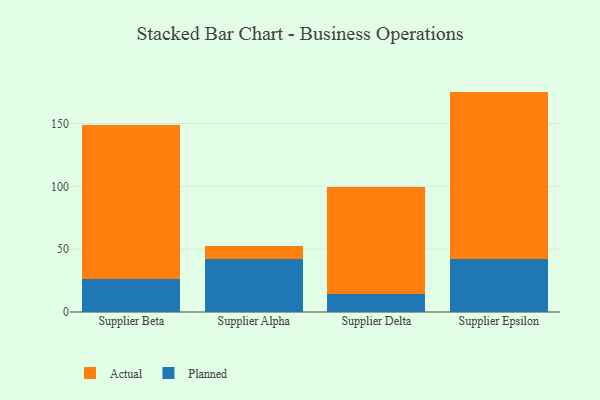
{"axis": {"x": "Supplier", "y": "Backlog"}, "legend": ["Actual", "Planned"], "data": [{"x": "Supplier Beta", "y": 26.0, "type": "Planned"}, {"x": "Supplier Beta", "y": 122.6, "type": "Actual"}, {"x": "Supplier Alpha", "y": 42.4, "type": "Planned"}, {"x": "Supplier Alpha", "y": 10.1, "type": "Actual"}, {"x": "Supplier Delta", "y": 14.3, "type": "Planned"}, {"x": "Supplier Delta", "y": 85.5, "type": "Actual"}, {"x": "Supplier Epsilon", "y": 42.3, "type": "Planned"}, {"x": "Supplier Epsilon", "y": 133.1, "type": "Actual"}]}